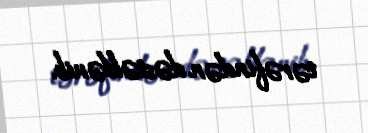
tərəfindən dəstəklənib.